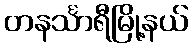
တနင်္သာရီမြို့နယ်